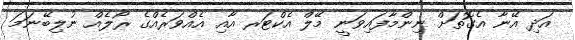
އަދި އޭނާ އެގޮތަށް ނިންމާފައިވަނީ މޭލް އެކްޓަރ އާއި އެއްވަރެއްގެ ރޯލެއް ނުލިބޭނަމަ